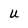
Character: u